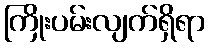
ကြိုးပမ်းလျက်ရှိရာ